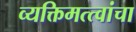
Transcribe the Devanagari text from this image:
व्यक्तिमत्त्वांचा